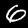
Digit: 6